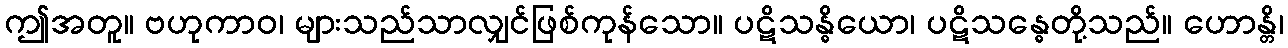
ဤအတူ။ ဗဟုကာဝ၊ များသည်သာလျှင်ဖြစ်ကုန်သော။ ပဋိသန္ဓိယော၊ ပဋိသန္ဓေတို့သည်။ ဟောန္တိ၊